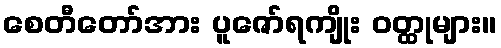
စေတီတော်အား ပူဇော်ရကျိုး ဝတ္ထုများ။